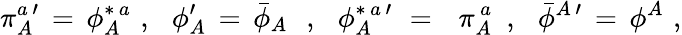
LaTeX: \pi_{A}^{a\, \prime}\, =\, \phi_{A}^{\ast\, a}\, \, ,\, \, \, \, \phi_{A}^{\prime}\, =\, {\bar{\phi}}_{A}\, \, \, \, ,\, \, \, \, \phi_{A}^{\ast\, a\, \prime}\, \, =\, \, \, \, \pi_{A}^{\, a}\, \, \, ,\, \, \, \, {\bar{\phi}}^{A\, \prime}\, =\, \phi^{A}\, \, ,